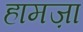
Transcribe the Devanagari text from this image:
हामज़ा